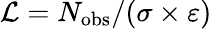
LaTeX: \mathcal{L}=N_{\mathrm{obs}}/(\sigma\times\varepsilon)